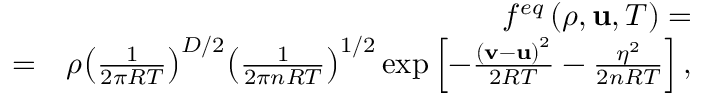
\begin{array} { r l r } & { } & { { f ^ { e q } } \left( { \rho , { \bf { u } } , T } \right) = } \\ & { = } & { \rho { \left( { \frac { 1 } { { 2 \pi R T } } } \right) ^ { D / 2 } } { \left( { \frac { 1 } { { 2 \pi n R T } } } \right) ^ { 1 / 2 } } \exp \left[ { - \frac { { { { \left( { { \bf { v } } - { \bf { u } } } \right) } ^ { 2 } } } } { { 2 R T } } - \frac { { { \eta ^ { 2 } } } } { { 2 n R T } } } \right] , } \end{array}